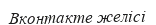
Вконтакте желісі